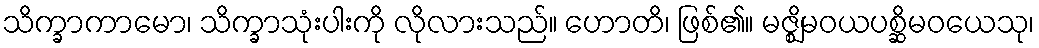
သိက္ခာကာမော၊ သိက္ခာသုံးပါးကို လိုလားသည်။ ဟောတိ၊ ဖြစ်၏။ မဇ္ဈိမဝယပစ္ဆိမဝယေသု၊